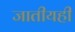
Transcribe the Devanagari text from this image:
जातीयही